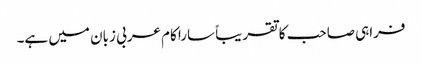
فراہی صاحب کا تقریباً سارا کام عربی زبان میں ہے۔